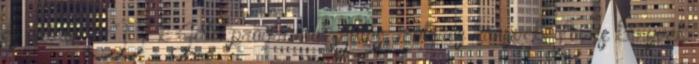
és oktató CD-k Játékprogramok Autós, motoros könyvek Lovas könyvek